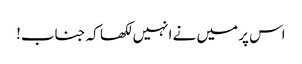
اس پر میں نے انہیں لکھا کہ جناب!